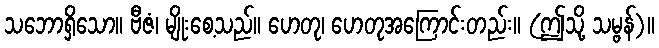
သဘောရှိသော။ ဗီဇံ၊ မျိုးစေ့သည်။ ဟေတု၊ ဟေတုအကြောင်းတည်း။ (ဤသို့ သမ္ဗန်)။